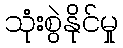
သုံးစွဲနိုင်မှု